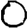
Digit: 0